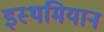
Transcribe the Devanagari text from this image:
इस्थमियान